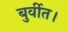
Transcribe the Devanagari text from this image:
बुर्वीत।